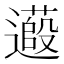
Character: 𬩞